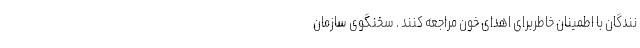
نندگان با اطمینان خاطربرای اهدای خون مراجعه کنند . سخنگوی سازمان